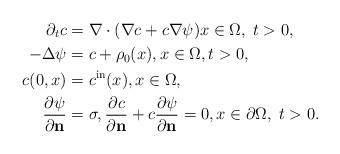
LaTeX: \begin{align*} \partial_t c & = \nabla \cdot(\nabla c+ c \nabla \psi) x\in \Omega,\; t>0, \\- \Delta \psi & = c +\rho_0(x), x\in \Omega, t>0, \\c(0, x) & =c^{\rm in}(x), x\in \Omega,\\ \frac{\partial \psi}{\partial \textbf{n}} & =\sigma, \frac{\partial c}{\partial \textbf{n}}+c \frac{\partial \psi}{\partial \textbf{n}} =0, x\in \partial\Omega,\; t>0.\end{align*}